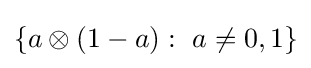
\left\{a\otimes (1-a):\ a\neq 0,1\right\}